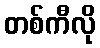
တစ်ကီလို